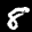
Label: 8